Vaccination in Bombay 1913-1923 - 1913-1923
Year: 1913
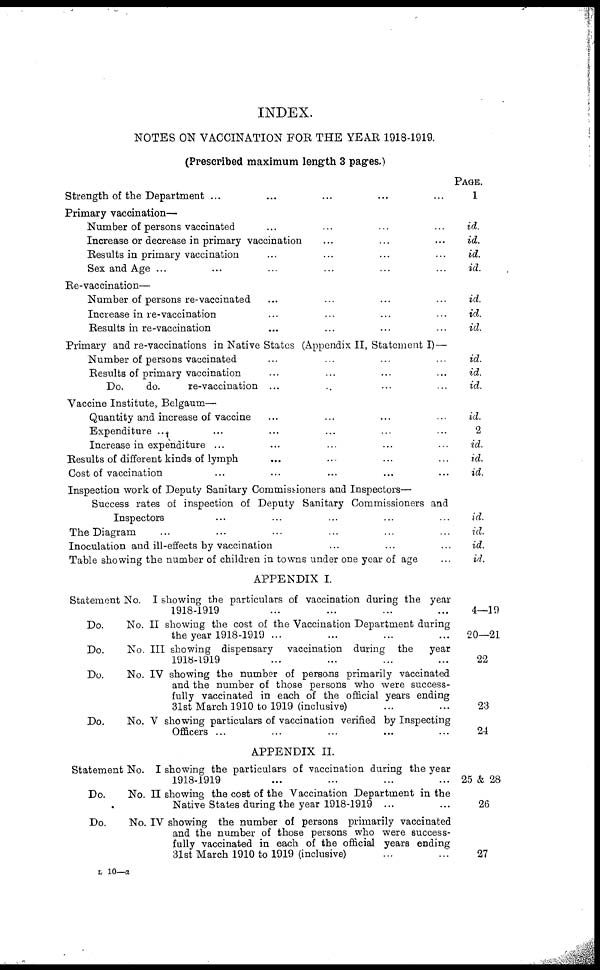
INDEX.
NOTES ON VACCINATION FOR THE YEAR 1918-1919.
(Prescribed maximum length 3 pages.)
Strength of the Department ... ... ... ... ...
PAGE.
1
Primary vaccination—
Number of persons vaccinated ... ... ... ...
Increase or decrease in primary vaccination ... ... ...
Results in primary vaccination ... ... ... ...
Sex and Age ... ... ... ... ... ...
id.
id.
id.
id.
Re-vaccination—
Number of persons re-vaccinated ... ... ... ...
Increase in re-vaccination ... ... ... ...
Results in re-vaccination ... ... ... ...
id.
id.
id.
Primary and re-vaccinations in Native States (Appendix II, Statement I) —
Number of persons vaccinated ... ... ... ...
Results of primary vaccination ... ... ... ...
Do.
do.
re-vaccination ... ... ... ...
id.
id.
id.
Vaccine Institute, Belgaum—
Quantity and increase of vaccine ... ... ... ...
Expenditure ... ... ... ... ... ...
Increase in expenditure ... ... ... ... ... ...
Results of different kinds of lymph ... ... ... ...
Cost of vaccination ... ... ... ... ...
id.
2
id.
id.
id.
Inspection work of Deputy Sanitary Commissioners and Inspectors—
Success rates of inspection of Deputy Sanitary Commissioners and
Inspectors ... ... ... ... ...
The Diagram ... ... ... ... ... ...
Inoculation and ill-effects by vaccination ... ... ...
Table showing the number of children in towns under one year of age ...
id.
id.
id.
id.
APPENDIX I.
Statement No. I showing the particulars of vaccination during the year
1918-1919 ... ... ... ...
Do.
No. II showing the cost of the Vaccination Department during
the year 1918-1919 ... ... ... ...
Do.
No. III showing dispensary
vaccination during the
year
1918-1919 ... ... ... ...
Do.
No. IV showing the number of persons primarily vaccinated
and the number of those persons who were success-
fully vaccinated in each of the official years ending
31st March 1910 to 1919 (inclusive) ... ...
Do.
No. V showing particulars of vaccination verified by Inspecting
Officers ... ... ... ... ...
4—19
20—21
22
23
24
APPENDIX II.
Statement No. I showing the particulars of vaccination during the year
1918-1919 ... ... ... ...
Do.
No. II showing the cost of the Vaccination Department in the
Native States during the year 1918-1919 ... ...
Do.
No. IV showing the number of persons primarily vaccinated
and the number of those persons who were success-
fully vaccinated in each of the official years ending
31st March 1910 to 1919 (inclusive) ... ...
25 & 28
26
27
L 10—a